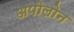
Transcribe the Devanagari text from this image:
अपोलोन